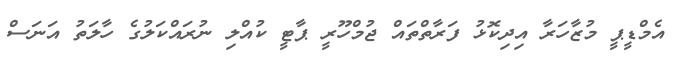
އެމްޑީޕީ މުޒާހަރާ އިދިކޮޅު ފަރާތްތައް ޖުމްހޫރީ ޕާޓީ ކުއްލި ނުރައްކަލުގެ ހާލަތު އަނަސް